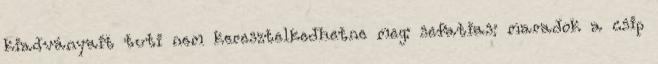
kiadványait tuti nem keresztelkedhetne meg: sefatias: maradok a csip